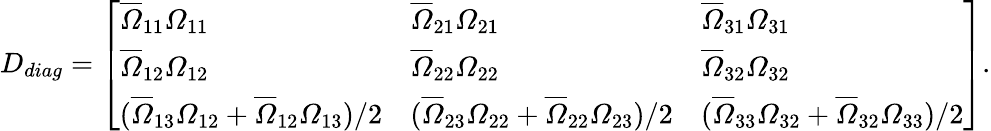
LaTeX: D_{diag}=\left[\begin{array}{lll}{{\overline{{{\varOmega}}}_{11}\varOmega_{11}}}&{{\overline{{{\varOmega}}}_{21}\varOmega_{21}}}&{{\overline{{{\varOmega}}}_{31}\varOmega_{31}}}\\ {{\overline{{{\varOmega}}}_{12}\varOmega_{12}}}&{{\overline{{{\varOmega}}}_{22}\varOmega_{22}}}&{{\overline{{{\varOmega}}}_{32}\varOmega_{32}}}\\ {{(\overline{{{\varOmega}}}_{13}\varOmega_{12}+\overline{{{\varOmega}}}_{12}\varOmega_{13})/2}}&{{(\overline{{{\varOmega}}}_{23}\varOmega_{22}+\overline{{{\varOmega}}}_{22}\varOmega_{23})/2}}&{{(\overline{{{\varOmega}}}_{33}\varOmega_{32}+\overline{{{\varOmega}}}_{32}\varOmega_{33})/2}}\end{array}\right].